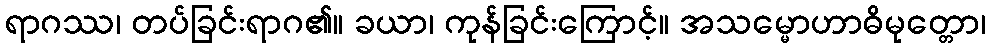
ရာဂဿ၊ တပ်ခြင်းရာဂ၏။ ခယာ၊ ကုန်ခြင်းကြောင့်။ အသမ္မောဟာဓိမုတ္တော၊